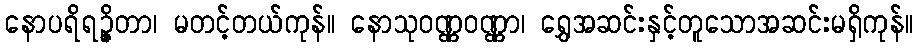
နောပရိရဉ္ဇိတာ၊ မတင့်တယ်ကုန်။ နောသုဝဏ္ဏဝဏ္ဏာ၊ ရွှေအဆင်းနှင့်တူသောအဆင်းမရှိကုန်။